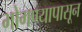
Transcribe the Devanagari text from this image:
भोगण्यापासून